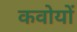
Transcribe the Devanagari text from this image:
कवोयों